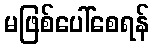
မဖြစ်ပေါ်စေရန်